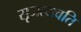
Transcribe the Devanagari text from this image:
सृजत्यवति